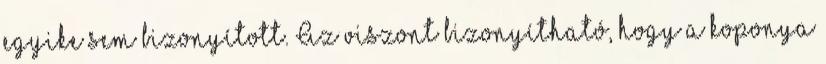
egyike sem bizonyított. Az viszont bizonyítható, hogy a koponya